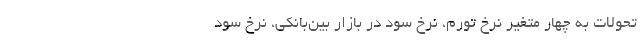
تحولات به چهار متغیر نرخ تورم، نرخ سود در بازار بین‌بانکی، نرخ سود